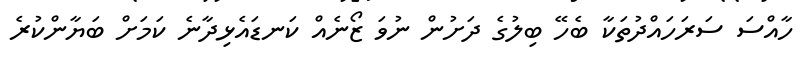
ހާއްސަ ސަރަހައްދުތަކާ ބެހޭ ބިލުގެ ދަށުން ނުވަ ޒޯނެއް ކަނޑައެޅިދާނެ ކަމަށް ބަޔާންކުރެ